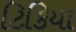
ટિકિયા